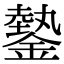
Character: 𨫔